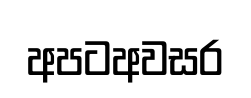
අපටඅවසර